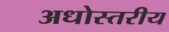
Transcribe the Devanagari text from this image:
अधोस्तरीय